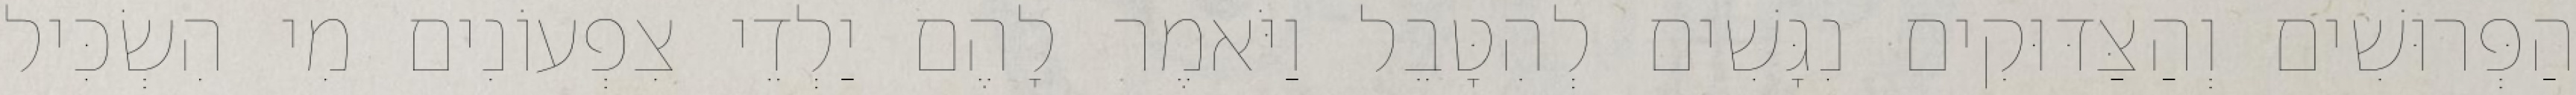
הַפְּרוּשִׁים וְהַצַּדּוּקִים נִגָּשִׁים לְהִטָּבֵל וַיֹּאמֶר לָהֶם יַלְדֵי צִפְעוֹנִים מִי הִשְׂכִּיל